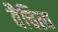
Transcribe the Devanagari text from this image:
वैचित्य